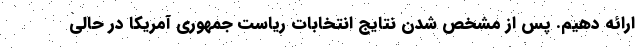
ارائه دهیم. پس از مشخص شدن نتایج انتخابات ریاست جمهوری آمریکا در حالی